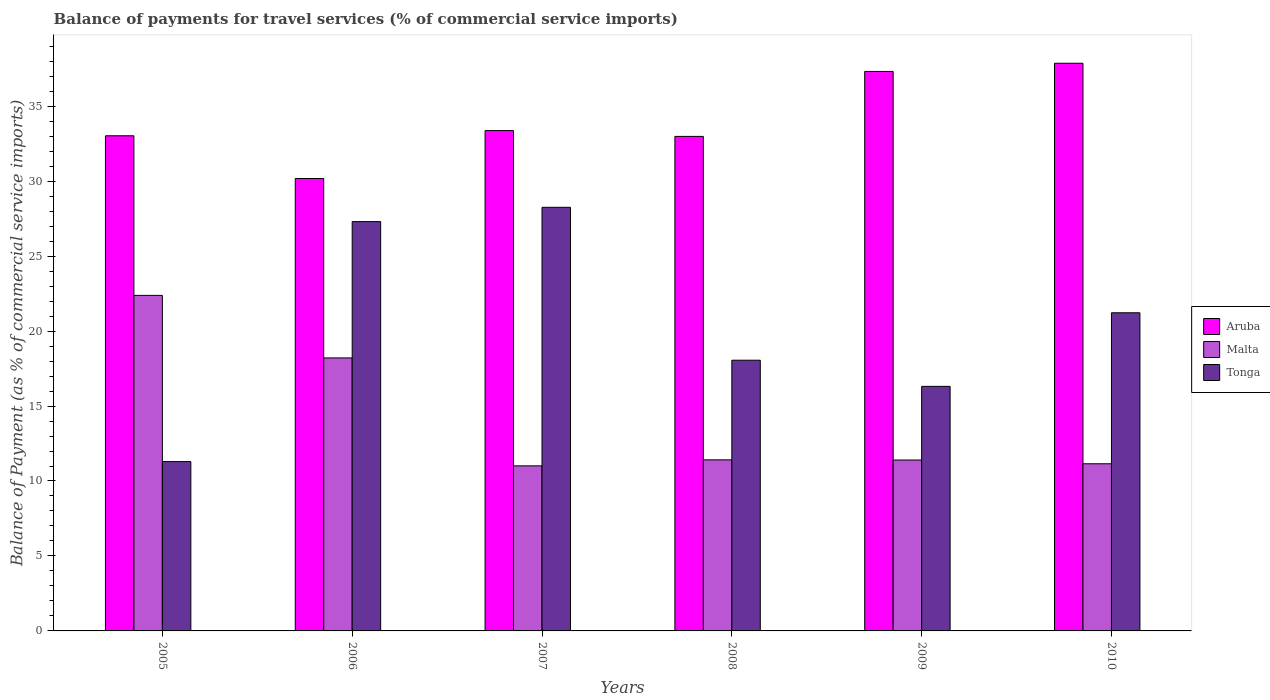
| Years | Aruba | Malta | Tonga |
 | --- | --- | --- | --- |
 | 2005 | 33 | 22.4 | 11.3 |
 | 2006 | 30.2 | 18.2 | 27.3 |
 | 2007 | 33.4 | 11 | 28.3 |
 | 2008 | 33 | 11.4 | 18.1 |
 | 2009 | 37.3 | 11.4 | 16.3 |
 | 2010 | 37.9 | 11.1 | 21.2 |